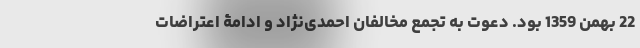
22 بهمن 1359 بود. دعوت به تجمع مخالفان احمدی‌نژاد و ادامۀ اعتراضات